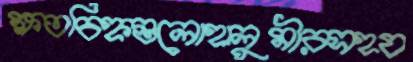
ক্ষতচিহ্নগুলোহালুমীরসহয